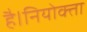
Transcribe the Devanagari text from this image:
है।नियोक्ता